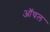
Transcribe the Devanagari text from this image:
ऑचल